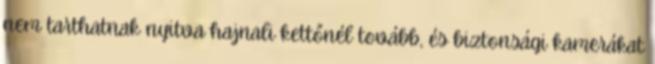
nem tarthatnak nyitva hajnali kettőnél tovább, és biztonsági kamerákat